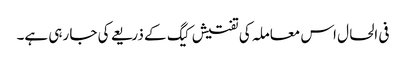
فی الحال اس معاملہ کی تفتیش کیگ کے ذریعے کی جا رہی ہے۔